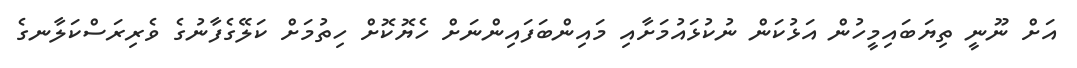
އަށް ނޫނީ ތިޔަބައިމީހުން އަޅުކަން ނުކުޅައުމަށާއި މައިންބަފައިންނަށް ހެޔޮކޮށް ހިތުމަށް ކަލޭގެފާނުގެ ވެރިރަސްކަލާނގެ